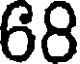
68